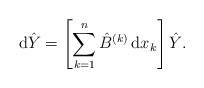
LaTeX: \begin{align*}{\rm d}\hat{Y}=\left[\sum_{k=1}^n\hat{B}^{(k)}\, {\rm d}x_k\right]\hat{Y}.\end{align*}